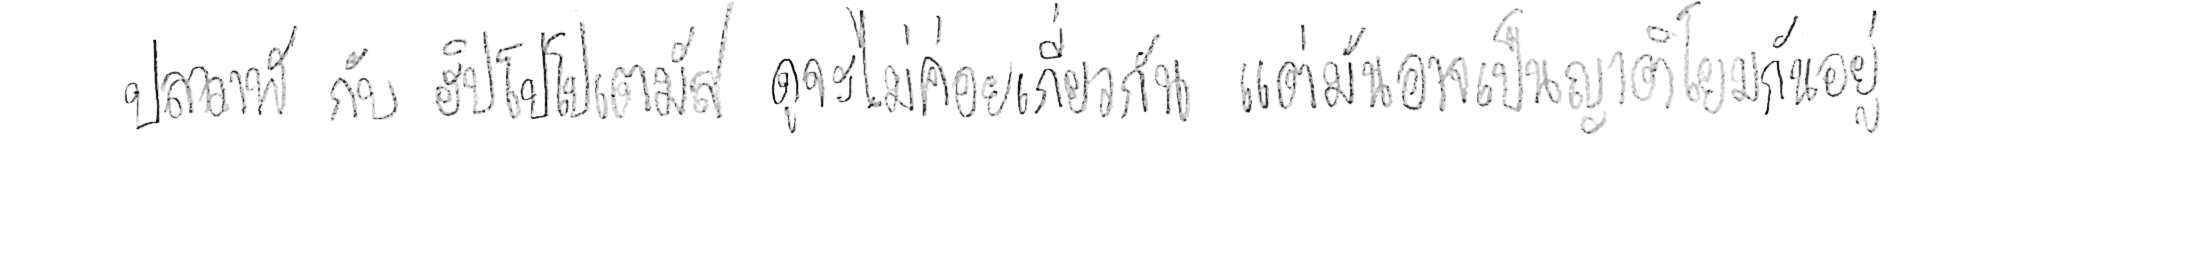
ปลาวาฬ กับ ฮิปโปโปเตมัส ดูจะไม่ค่อยเกี่ยวกัน แต่มันอาจเป็นญาติโยมกันอยู่